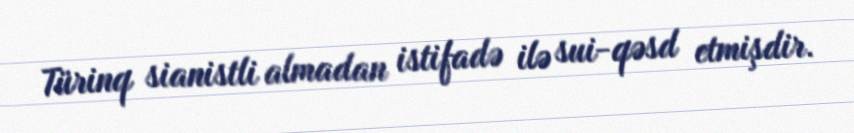
Türinq sianistli almadan istifadə ilə sui-qəsd etmişdir.